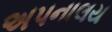
અપનાલય